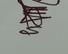
Signature authenticity: genuine